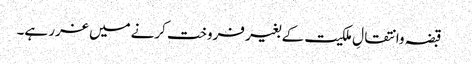
 قبضہ وانتقالِ ملکیت کے بغیر فروخت کرنےمیں غرر ہے۔